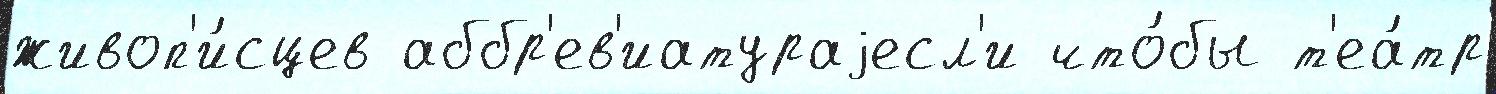
живоп'и́сцев аббр'ев'иатураjесл'и что́бы т'еа́тр